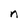
Character: n